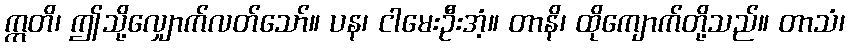
ဣတိ၊ ဤသို့လျှောက်လတ်သော်။ ပန၊ ငါမေးဦးအံ့။ တာနိ၊ ထိုကျောက်တို့သည်။ တာသံ၊